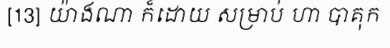
[13] យ៉ាងណា ក៏ដោយ សម្រាប់ ហា បាគុក